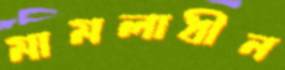
মামলাধীন